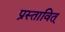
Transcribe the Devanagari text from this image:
प्रस्तावित्